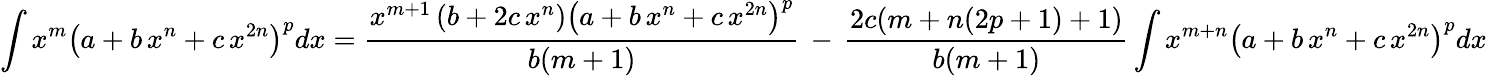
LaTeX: \int x^{m}\left(a+b\, x^{n}+c\, x^{2n}\right)^{p}dx={\frac{x^{m+1}\left(b+2c\, x^{n}\right)\left(a+b\, x^{n}+c\, x^{2n}\right)^{p}}{b(m+1)}}\, -\, {\frac{2c(m+n(2p+1)+1)}{b(m+1)}}\int x^{m+n}\left(a+b\, x^{n}+c\, x^{2n}\right)^{p}dx